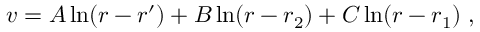
v = A \ln ( r - r ^ { \prime } ) + B \ln ( r - r _ { 2 } ) + C \ln ( r - r _ { 1 } ) \; ,